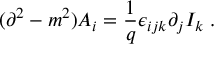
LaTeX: ( \partial ^ { 2 } - m ^ { 2 } ) A _ { i } = \frac { 1 } { q } \epsilon _ { i j k } \partial _ { j } I _ { k } \; .